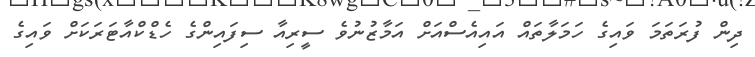
ދިން ފުރަތަމަ ވައިގެ ހަމަލާތައް އައިއެސްއަށް އަމާޒުނުވެ ސީރިއާ ސިފައިންގެ ހެޑްކްއާޓަރަކަށް ވައިގެ